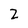
Character: 2